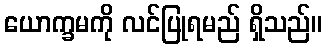
ယောက္ခမကို လင်ပြုရမည် ရှိသည်။